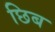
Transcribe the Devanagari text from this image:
छिब